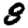
Digit: 8